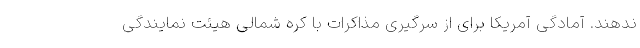
ندهند. آمادگی آمریکا برای از سرگیری مذاکرات با کره شمالی هیئت نمایندگی